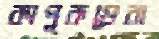
কাপুরুষেরা